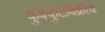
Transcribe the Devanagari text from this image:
कुक्कुटविक्रीचे